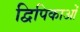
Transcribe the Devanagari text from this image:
द्विपिकाओं